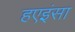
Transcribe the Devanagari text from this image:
हएइंसा